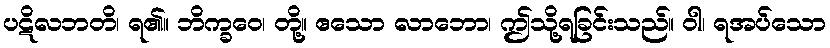
ပဋိလဘတိ၊ ရ၏။ ဘိက္ခဝေ၊ တို့။ ဧသော လာဘော၊ ဤသို့ရခြင်းသည်။ ဝါ၊ ရအပ်သော